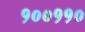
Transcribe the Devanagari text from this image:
१००११०